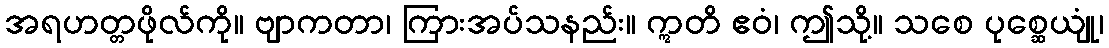
အရဟတ္တဖိုလ်ကို။ ဗျာကတာ၊ ကြားအပ်သနည်း။ ဣတိ ဧဝံ၊ ဤသို့။ သစေ ပုစ္ဆေယျုံ၊